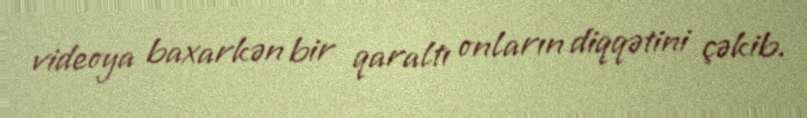
videoya baxarkən bir qaraltı onların diqqətini çəkib.